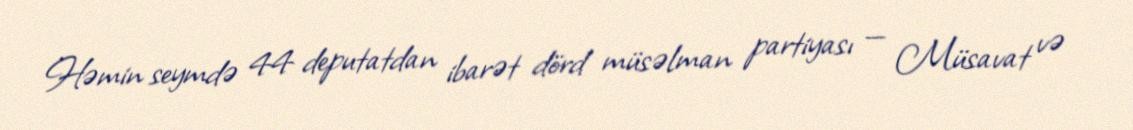
Həmin seymdə 44 deputatdan ibarət dörd müsəlman partiyası — Müsavat və